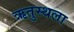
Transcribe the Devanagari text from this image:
ऋतुस्थला